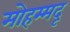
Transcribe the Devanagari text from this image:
मोहम्मदू